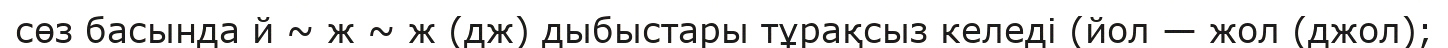
сөз басында й ~ ж ~ ж (дж) дыбыстары тұрақсыз келеді (йол — жол (джол);